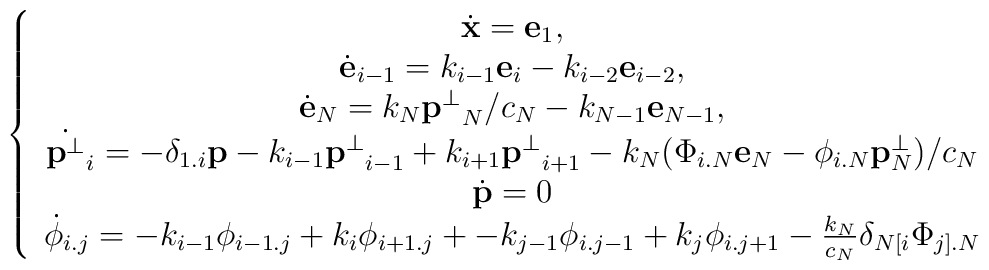
\left\{\begin{array}{c}\dot{\bf x}={\bf e}_1,\\\dot{\bf e}_{i-1}=k_{i-1}{\bf e}_{i}-k_{i-2}{\bf e}_{i-2},\\\dot{\bf e}_N=k_N{{\bf p}^\bot}_{N}/c_N-k_{N-1}{\bf e}_{N-1},\\\dot{{\bf p}^\bot}_i=-\delta_{1.i}{\bf p}-k_{i-1}{{\bf p}^\bot}_{i-1}+ k_{i+1}{{\bf p}^\bot}_{i+1}-k_N(\Phi_{i.N}{\bf e}_N-\phi_{i.N}{\bf p}^\bot_N)/c_N\\{\dot{\bf p}}=0 \\ {\dot\phi}_{i.j}=-k_{i-1}\phi_{i-1.j}+k_{i}\phi_{i+1.j}+-k_{j-1}\phi_{i.j-1}+k_{j}\phi_{i.j+1}-\frac{k_N}{c_N}\delta_{N[i}\Phi_{j].N}\end{array}\right.